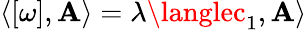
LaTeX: \langle[\omega],\mathbf{A}\rangle=\lambda\langlec_{1},\mathbf{A}\rangle